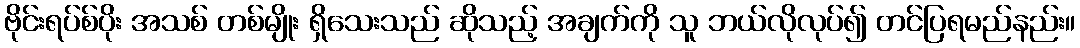
ဗိုင်းရပ်စ်ပိုး အသစ် တစ်မျိုး ရှိသေးသည် ဆိုသည့် အချက်ကို သူ ဘယ်လိုလုပ်၍ တင်ပြရမည်နည်း။